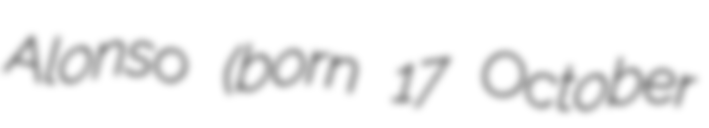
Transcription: Alonso (born 17 October